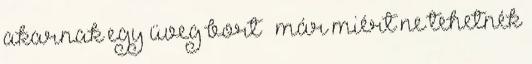
akarnak egy üveg bort – már miért ne tehetnék